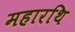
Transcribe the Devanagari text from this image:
महारथि